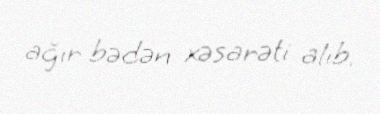
ağır bədən xəsarəti alıb.